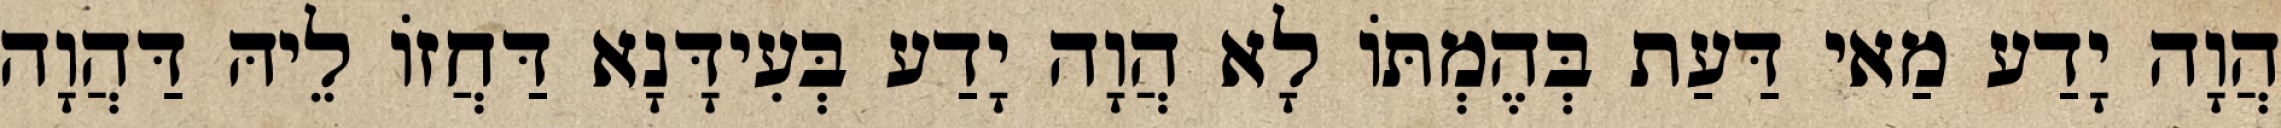
הֲוָה יָדַע מַאי דַּעַת בְּהֶמְתּוֹ לָא הֲוָה יָדַע בְּעִידָּנָא דַּחֲזוֹ לֵיהּ דַּהֲוָה